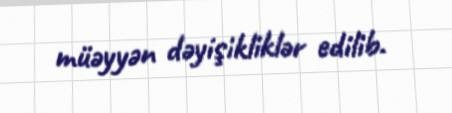
müəyyən dəyişikliklər edilib.